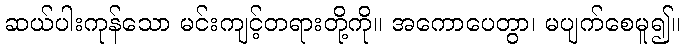
ဆယ်ပါးကုန်သော မင်းကျင့်တရားတို့ကို။ အကောပေတွာ၊ မပျက်စေမူ၍။